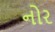
નોર